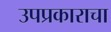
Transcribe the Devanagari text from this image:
उपप्रकाराचा